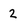
Character: 2